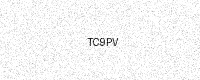
Text: TC9PV